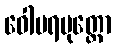
ဝေါပရပုတ္တော